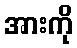
အားကို